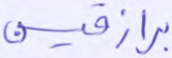
برازقين